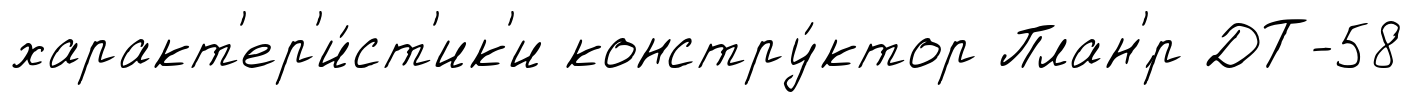
характ'ер'и́ст'ик'и констру́ктор План'́р ДТ-58